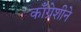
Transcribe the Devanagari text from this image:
काँग्रेशीने